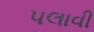
પલાવી